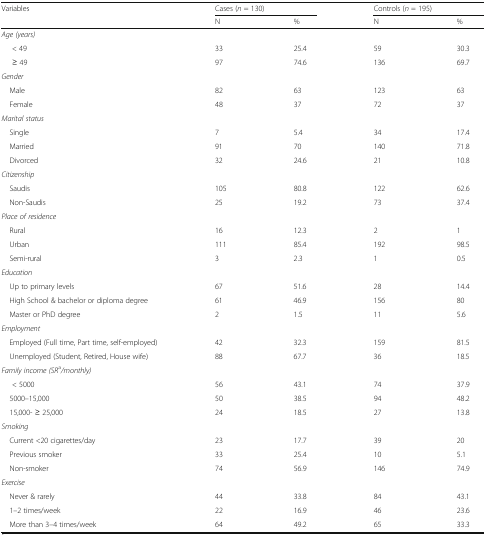
<table><thead><tr><td rowspan="2"><b>Variables</b></td><td colspan="2"><b>Cases (<i>n</i> = 130)</b></td><td colspan="2"><b>Controls (<i>n</i> = 195)</b></td></tr><tr><td><b>N</b></td><td><b>%</b></td><td><b>N</b></td><td><b>%</b></td></tr></thead><tbody><tr><td colspan="5"><i>Age (years)</i></td></tr><tr><td>&lt; 49</td><td>33</td><td>25.4</td><td>59</td><td>30.3</td></tr><tr><td>≥ 49</td><td>97</td><td>74.6</td><td>136</td><td>69.7</td></tr><tr><td colspan="5"><i>Gender</i></td></tr><tr><td> Male</td><td>82</td><td>63</td><td>123</td><td>63</td></tr><tr><td> Female</td><td>48</td><td>37</td><td>72</td><td>37</td></tr><tr><td colspan="5"><i>Marital status</i></td></tr><tr><td> Single</td><td>7</td><td>5.4</td><td>34</td><td>17.4</td></tr><tr><td> Married</td><td>91</td><td>70</td><td>140</td><td>71.8</td></tr><tr><td> Divorced</td><td>32</td><td>24.6</td><td>21</td><td>10.8</td></tr><tr><td colspan="5"><i>Citizenship</i></td></tr><tr><td> Saudis</td><td>105</td><td>80.8</td><td>122</td><td>62.6</td></tr><tr><td> Non-Saudis</td><td>25</td><td>19.2</td><td>73</td><td>37.4</td></tr><tr><td colspan="5"><i>Place of residence</i></td></tr><tr><td> Rural</td><td>16</td><td>12.3</td><td>2</td><td>1</td></tr><tr><td> Urban</td><td>111</td><td>85.4</td><td>192</td><td>98.5</td></tr><tr><td> Semi-rural</td><td>3</td><td>2.3</td><td>1</td><td>0.5</td></tr><tr><td colspan="5"><i>Education</i></td></tr><tr><td> Up to primary levels</td><td>67</td><td>51.6</td><td>28</td><td>14.4</td></tr><tr><td> High School &amp; bachelor or diploma degree</td><td>61</td><td>46.9</td><td>156</td><td>80</td></tr><tr><td> Master or PhD degree</td><td>2</td><td>1.5</td><td>11</td><td>5.6</td></tr><tr><td colspan="5"><i>Employment</i></td></tr><tr><td> Employed (Full time, Part time, self-employed)</td><td>42</td><td>32.3</td><td>159</td><td>81.5</td></tr><tr><td> Unemployed (Student, Retired, House wife)</td><td>88</td><td>67.7</td><td>36</td><td>18.5</td></tr><tr><td colspan="5"><i>Family income (SR</i><sup>a</sup><i>/monthly)</i></td></tr><tr><td>&lt; 5000</td><td>56</td><td>43.1</td><td>74</td><td>37.9</td></tr><tr><td> 5000–15,000</td><td>50</td><td>38.5</td><td>94</td><td>48.2</td></tr><tr><td> 15,000- ≥ 25,000</td><td>24</td><td>18.5</td><td>27</td><td>13.8</td></tr><tr><td colspan="5"><i>Smoking</i></td></tr><tr><td> Current &lt;20 cigarettes/day</td><td>23</td><td>17.7</td><td>39</td><td>20</td></tr><tr><td> Previous smoker</td><td>33</td><td>25.4</td><td>10</td><td>5.1</td></tr><tr><td> Non-smoker</td><td>74</td><td>56.9</td><td>146</td><td>74.9</td></tr><tr><td colspan="5"><i>Exercise</i></td></tr><tr><td> Never &amp; rarely</td><td>44</td><td>33.8</td><td>84</td><td>43.1</td></tr><tr><td> 1–2 times/week</td><td>22</td><td>16.9</td><td>46</td><td>23.6</td></tr><tr><td> More than 3–4 times/week</td><td>64</td><td>49.2</td><td>65</td><td>33.3</td></tr></tbody></table>